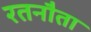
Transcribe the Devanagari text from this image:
रतनौता